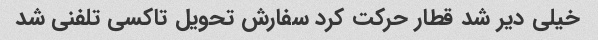
خیلی دیر شد قطار حرکت کرد سفارش تحویل تاکسی تلفنی شد